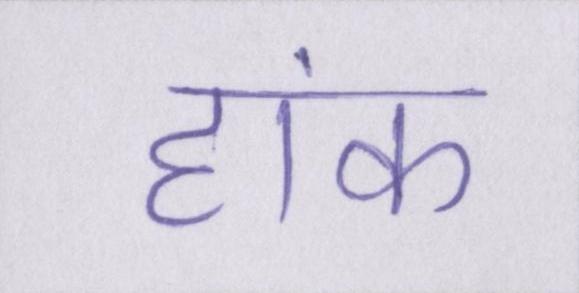
हांक